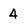
Character: 4